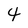
Character: 4